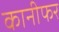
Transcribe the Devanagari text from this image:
कानीफर